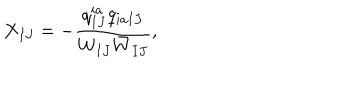
X _ { I J } = - \frac { q _ { I J } ^ { i a } q _ { i a I J } } { W _ { I J } \bar { W } _ { I J } } ,